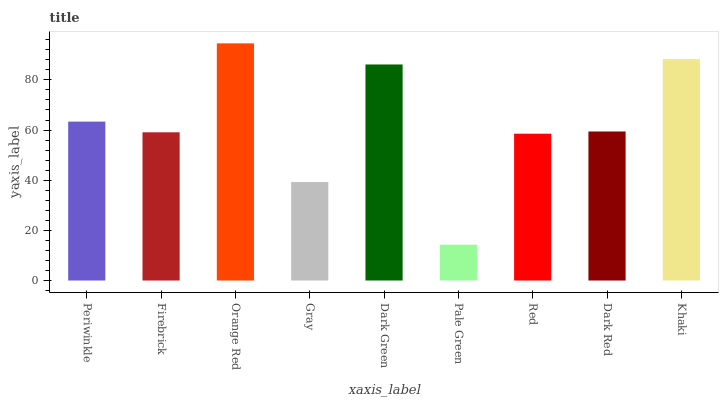
| xaxis_label | bars |
 | --- | --- |
 | Periwinkle | 63.4 |
 | Firebrick | 59.1 |
 | Orange Red | 94.6 |
 | Gray | 39.3 |
 | Dark Green | 86.1 |
 | Pale Green | 14.3 |
 | Red | 58.5 |
 | Dark Red | 59.4 |
 | Khaki | 88.3 |